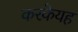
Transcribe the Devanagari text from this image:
करकेयह